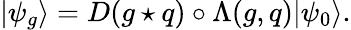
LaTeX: |\psi_{g}\rangle=D(g\star q)\circ\Lambda(g,q)|\psi_{0}\rangle.